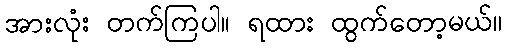
အားလုံး တက်ကြပါ။ ရထား ထွက်တော့မယ်။